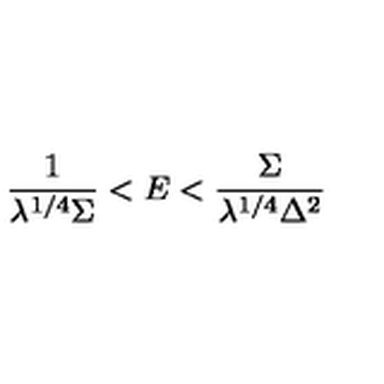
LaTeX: \frac { 1 } { \lambda ^ { 1 / 4 } \Sigma } < E < \frac { \Sigma } { \lambda ^ { 1 / 4 } \Delta ^ { 2 } }